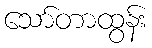
သော်တာထွန်း